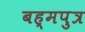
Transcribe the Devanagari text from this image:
बह्मपुत्र